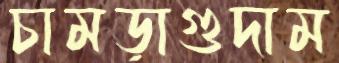
চামড়াগুদাম